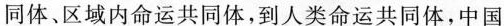
同体、区域内命运共同体，到人类命运共同体，